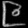
Digit: ၉